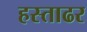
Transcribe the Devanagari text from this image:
हस्ताढर